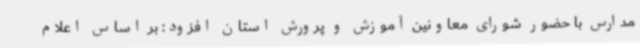
مدارس با حضور شورای معاونین آموزش و پرورش استان افزود: بر اساس اعلام